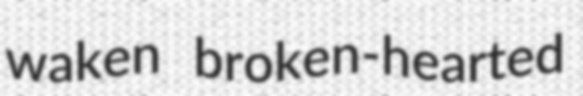
waken broken-hearted